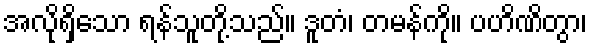
အလိုရှိသော ရန်သူတို့သည်။ ဒူတံ၊ တမန်ကို။ ပဟိဏိတွာ၊